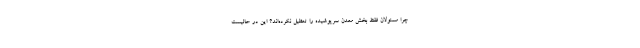
چرا مسئولان فقط بخش معدن سرپوشیده را تعطیل نکرده‌اند؟ این در حالیست